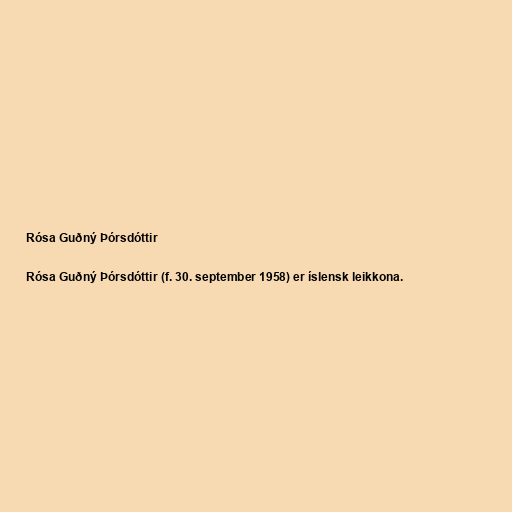
Rósa Guðný Þórsdóttir

Rósa Guðný Þórsdóttir (f. 30. september 1958) er íslensk leikkona.